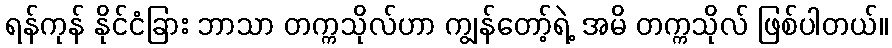
ရန်ကုန် နိုင်ငံခြား ဘာသာ တက္ကသိုလ်ဟာ ကျွန်တော့်ရဲ့ အမိ တက္ကသိုလ် ဖြစ်ပါတယ်။